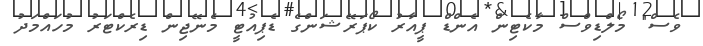
ވެސް" މޯލްޑިވްސް މާކެޓިން އެންޑް ޕީއާރު ކޯޕަރޭޝަންގެ ޑެޕިއުޓީ މެނޭޖިން ޑިރެކްޓަރު މުހައްމަދު